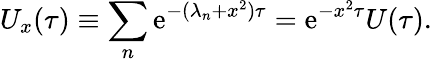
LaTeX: U_{x}(\tau)\equiv\sum_{n}\mathrm{e}^{-(\lambda_{n}+x^{2})\tau}=\mathrm{e}^{-x^{2}\tau}U(\tau).